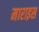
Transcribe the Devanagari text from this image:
माराइस